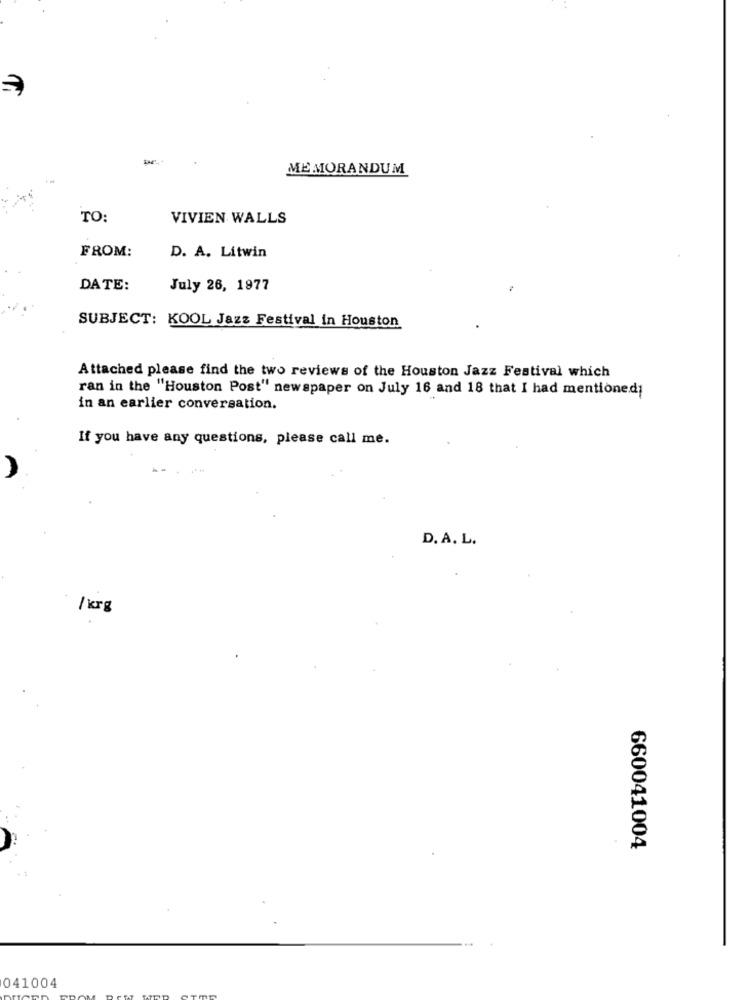
MEMORANDUM
TO:
VIVIEN WALLS
FROM:
D. A. Litwin
DATE:
July 26, 1977
SUBJECT: KOOL Jazz Festival in Houston
Attached please find the two reviews of the Houston Jazz Festival which
ran in the "Houston Post" newspaper on July 16 and 18 that I had mentionedi
in an earlier conversation.
If you have any questions, please call me.
D. A. L.
/ kg
660041004
041004